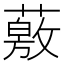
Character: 薂